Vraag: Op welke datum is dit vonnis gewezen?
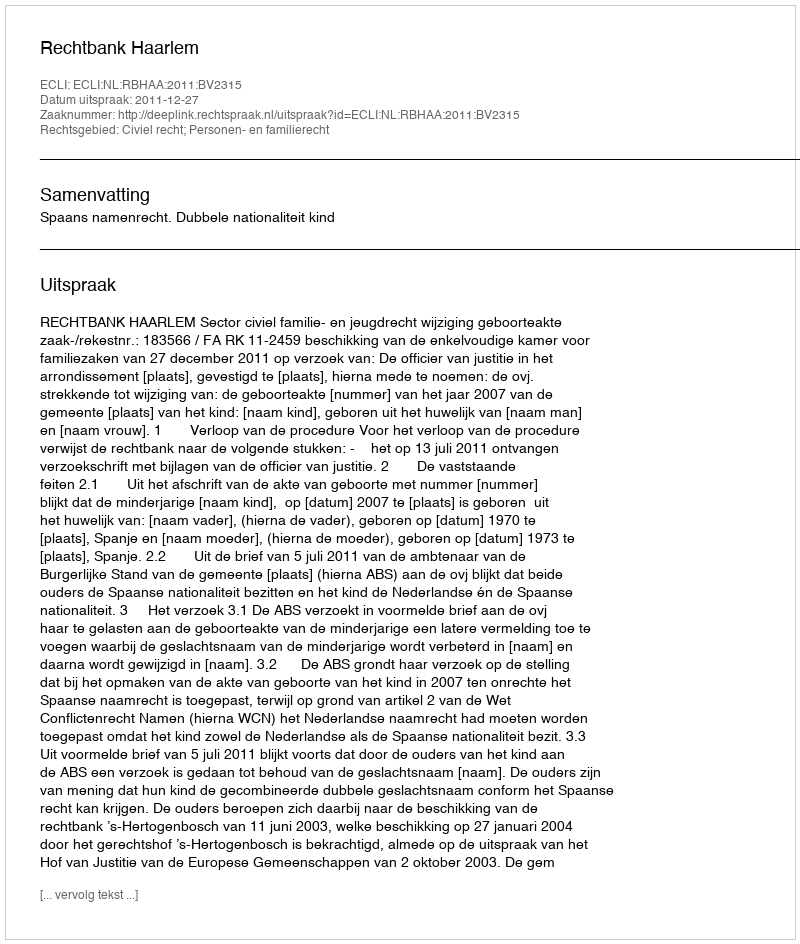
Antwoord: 2011-12-27